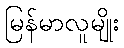
မြန်မာလူမျိုး